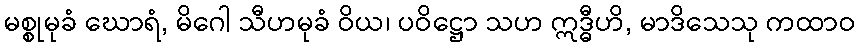
မစ္စုမုခံ ဃောရံ, မိဂေါ သီဟမုခံ ဝိယ၊ ပဝိဋ္ဌော သဟ ဣဒ္ဓီဟိ, မာဒိသေသု ကထာဝ